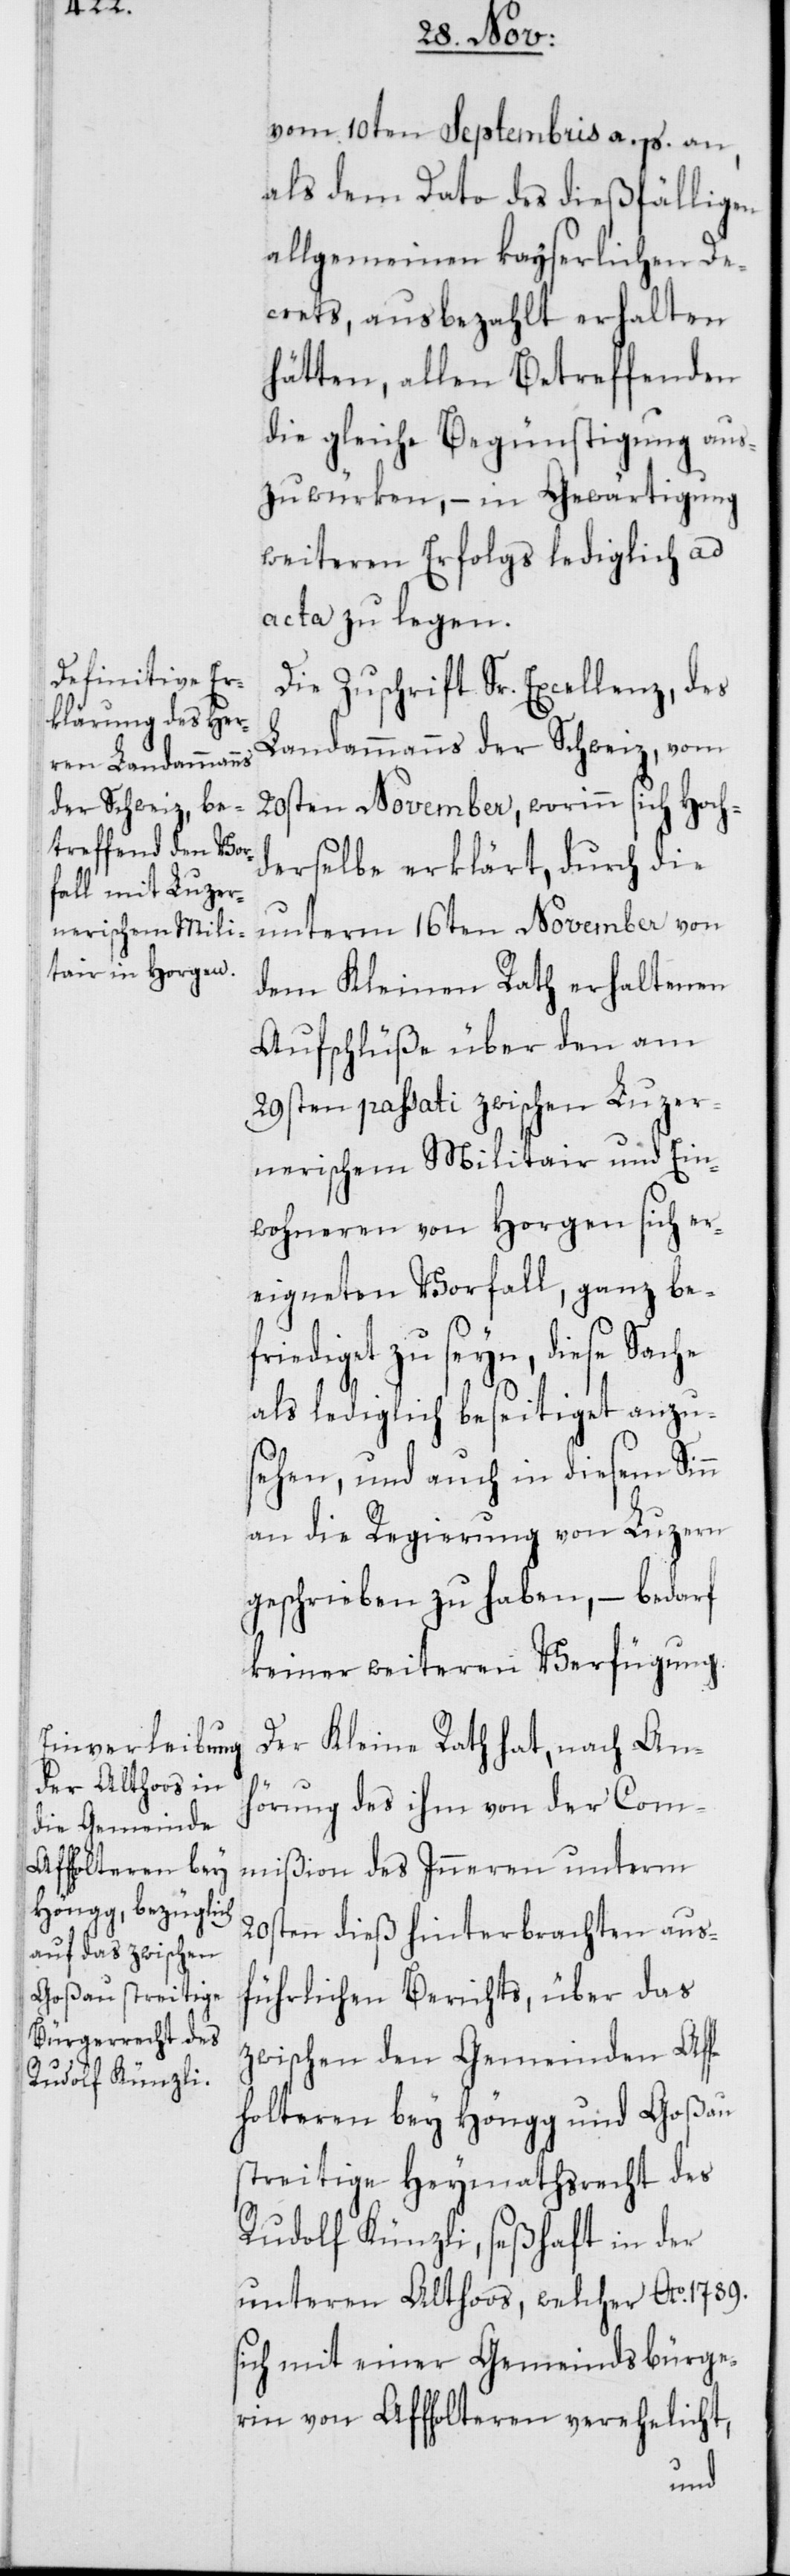
s¬

vom 10ten Septembris a. p. an,
als dem Dato des dießfälligen
allgemeinen kayserlichen De¬
crets, ausbezahlt erhalten
hätten, allen Betreffenden
die gleiche Begünstigung aus¬
zuwürken, – in Gewärtigung
weiteren Erfolgs lediglich ad
acta zu legen.
Die Zuschrift Sr. Excellenz, des
Landammanns der Schweiz, vom
20sten November, worinn sich Hoch¬
derselbe erklärt, durch die
unterm 16ten November von
dem Kleinen Rath erhaltenen
Aufschlüße über den am
29sten passati zwischen Luzer¬
nerischem Militair und Ein¬
wohneren von Horgen sich er¬
eigneten Vorfall, ganz be¬
friediget zu seyn, diese Sache
als lediglich beseitiget anzu¬
sehen, und auch in diesem Sinn
an die Regierung von Luzern
geschrieben zu haben, – bedarf
keiner weiteren Verfügung.
Der Kleine Rath hat, nach An¬
hörung des ihm von der Com¬
mißion des Inneren unterm
20sten dieß hinterbrachten aus¬
führlichen Berichts, über das
zwischen den Gemeinden Af¬
fholteren bey Höngg und Goßau
streitige Heymathsrecht des
Rudolf Künzli, seßhaft in der
unteren Althoos, welcher Ao. 1789.
ich mit einer Gemeindsbürge¬
rin von Affholteren verehelicht,